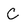
Character: C